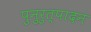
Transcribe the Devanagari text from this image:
पुनुरुत्पादन